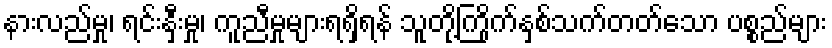
နားလည်မှု၊ ရင်းနှီးမှု၊ ကူညီမှုများရရှိရန် သူတို့ကြိုက်နှစ်သက်တတ်သော ပစ္စည်များ